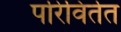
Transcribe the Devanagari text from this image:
परिविर्तत